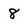
Character: 8